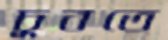
চুবতে